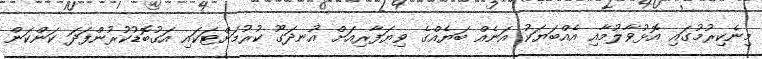
މިނެކިރުމުގައި އޮޅުވާލުމާއި އެއްބަޔަކު އަނެއް ބަޔެއްގެ ވިޔަފާރިއަށް އުނދަގޫ ކުރުމަށްޓަކައި އަގުބޮޑުކުރުންފަދަ ކަންކަން